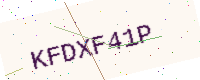
Text: KFDXF41P